Annual administration report of the Civil Veterinary Department of India - 1898-1899
Year: 1898
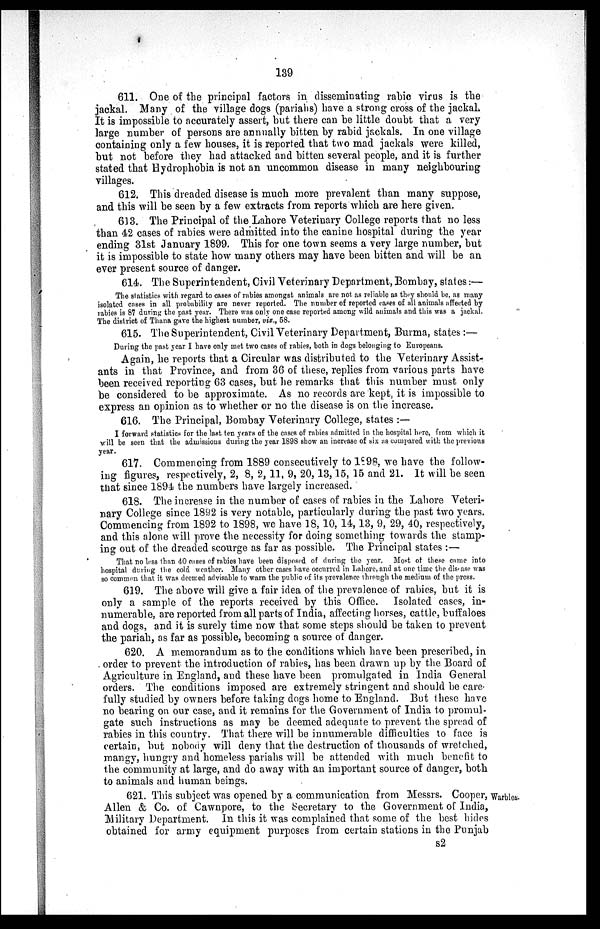
139
611. One of the principal factors in disseminating rabic virus is the
jackal. Many of the village dogs (pariahs) have a strong cross of the jackal.
It is impossible to accurately assert, but there can be little doubt that a very
large number of persons are annually bitten by rabid jackals. In one village
containing only a few houses, it is reported that two mad jackals were killed,
but not before they had attacked and bitten several people, and it is further
stated that Hydrophobia is not an uncommon disease in many neighbouring
villages.
612. This dreaded disease is much more prevalent than many suppose,
and this will be seen by a few extracts from reports which are here given.
613. The Principal of the Lahore Veterinary College reports that no less
than 42 cases of rabies were admitted into the canine hospital during the year
ending 31st January 1899. This for one town seems a very large number, but
it is impossible to state how many others may have been bitten and will be an
ever present source of danger.
614. The Superintendent, Civil Veterinary Department, Bombay, states:—
The statistics with regard to cases of rabies amongst animals are not. as reliable as they should be, as many
isolated cases in all probability are never reported. The number of reported cases of all animals affected by
rabies is 87 during the past year. There was only one case reported among wild animals and this was a jackal.
The district of Thana gave the highest number, viz., 58.
615. The Superintendent, Civil Veterinary Department, Burma, states:—
During the past year I have only met two cases of rabies, both in dogs belonging to Europeans.
Again, he reports that a Circular was distributed to the Veterinary Assist-
ants in that Province, and from 36 of these, replies from various parts have
been received reporting 63 cases, but he remarks that this number must only
be considered to be approximate. As no records are kept, it is impossible to
express an opinion as to whether or no the disease is on the increase.
616. The Principal, Bombay Veterinary College, states:—
I forward statistics for the last ten years of the cases of rabies admitted in the hospital here, from which it
will be seen that the admissions during the year 1898 show an increase of six as compared with the previous
year.
617. Commencing from 1889 consecutively to 1898, we have the follow-
ing figures, respectively, 2, 8, 2, 11, 9, 20, 13, 15, 15 and 21. It will be seen
that since 1894 the numbers have largely increased.
618. The increase in the number of cases of rabies in the Lahore Veteri-
nary College since 1892 is very notable, particularly during the past two years.
Commencing from 1892 to 1898, we have 18, 10, 14, 13, 9, 29, 40, respectively,
and this alone will prove the necessity for doing something towards the stamp-
ing out of the dreaded scourge as far as possible. The Principal states:—
That no less than 40 cases of rabies have been disposed of during the year. Most of these came into
hospital during the cold weather. Many other cases have occurred in Lahore, and at one time the disease was
so common that it was deemed advisable to warn the public of its prevalence through the medium of the press.
619. The above will give a fair idea of the prevalence of rabies, but it is
only a sample of the reports received by this Office. Isolated cases, in-
numerable, are reported from all parts of India, affecting horses, cattle, buffaloes
and dogs, and it is surely time now that some steps should be taken to prevent
the pariah, as far as possible, becoming a source of danger.
620. A memorandum as to the conditions which have been prescribed, in
order to prevent the introduction of rabies, has been drawn up by the Board of
Agriculture in England, and these have been promulgated in India General
orders. The conditions imposed are extremely stringent and should be care-
fully studied by owners before taking dogs home to England. But these have
no bearing on our case, and it remains for the Government of India to promul-
gate such instructions as may be deemed adequate to prevent the spread of
rabies in this country. That there will be innumerable difficulties to face is
certain, but nobody will deny that the destruction of thousands of wretched,
mangy, hungry and homeless pariahs will be attended with much benefit to
the community at large, and do away with an important source of danger, both
to animals and human beings.
Warbles.
621. This subject was opened by a communication from Messrs. Cooper,
Allen & Co. of Cawnpore, to the Secretary to the Government of India,
Military Department. In this it was complained that some of the best hides
obtained for army equipment purposes from certain stations in the Punjab
s2